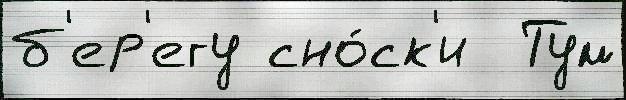
б'ер'егу сно́ск'и  Тум